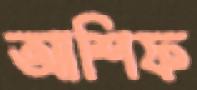
আশিফ